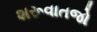
શરૂવાતજો